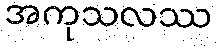
အကုသလဿ